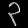
Digit: ၃